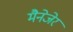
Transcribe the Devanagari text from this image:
मैनेजेर